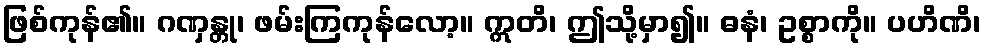
ဖြစ်ကုန်၏။ ဂဏှန္တု၊ ဖမ်းကြကုန်လော့။ ဣတိ၊ ဤသို့မှာ၍။ ဓနံ၊ ဥစ္စာကို။ ပဟိဏိ၊